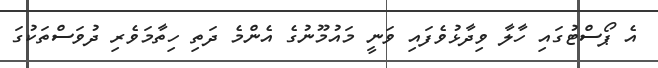
އެ ޕޯސްޓުގައި ހާލާ ވިދާޅުވެފައި ވަނީ މައުމޫނުގެ އެންމެ ދަތި ހިތާމަވެރި ދުވަސްތަކުގަ